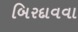
બિરદાવવા